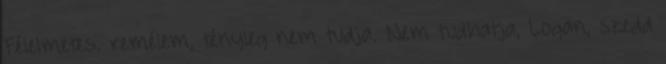
Félelmetes. remélem, tényleg nem tudja. Nem tudhatja, Logan, szedd